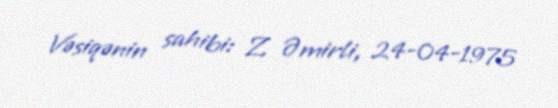
Vəsiqənin sahibi: Z. Əmirli, 24-04-1975